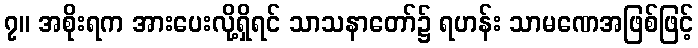
၇။ အစိုးရက အားပေးလို့ရှိရင် သာသနာတော်၌ ရဟန်း သာမဏေအဖြစ်ဖြင့်